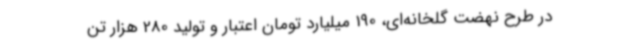
در طرح نهضت گلخانه‌ای، 190 میلیارد تومان اعتبار و تولید 280 هزار تن